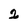
Character: 2